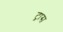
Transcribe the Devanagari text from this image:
ट्रास